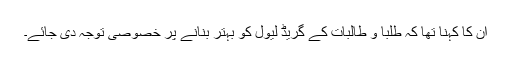
ان کا کہنا تھا کہ طلبا و طالبات کے گریڈ لیول کو بہتر بنانے پر خصوصی توجہ دی جائے۔